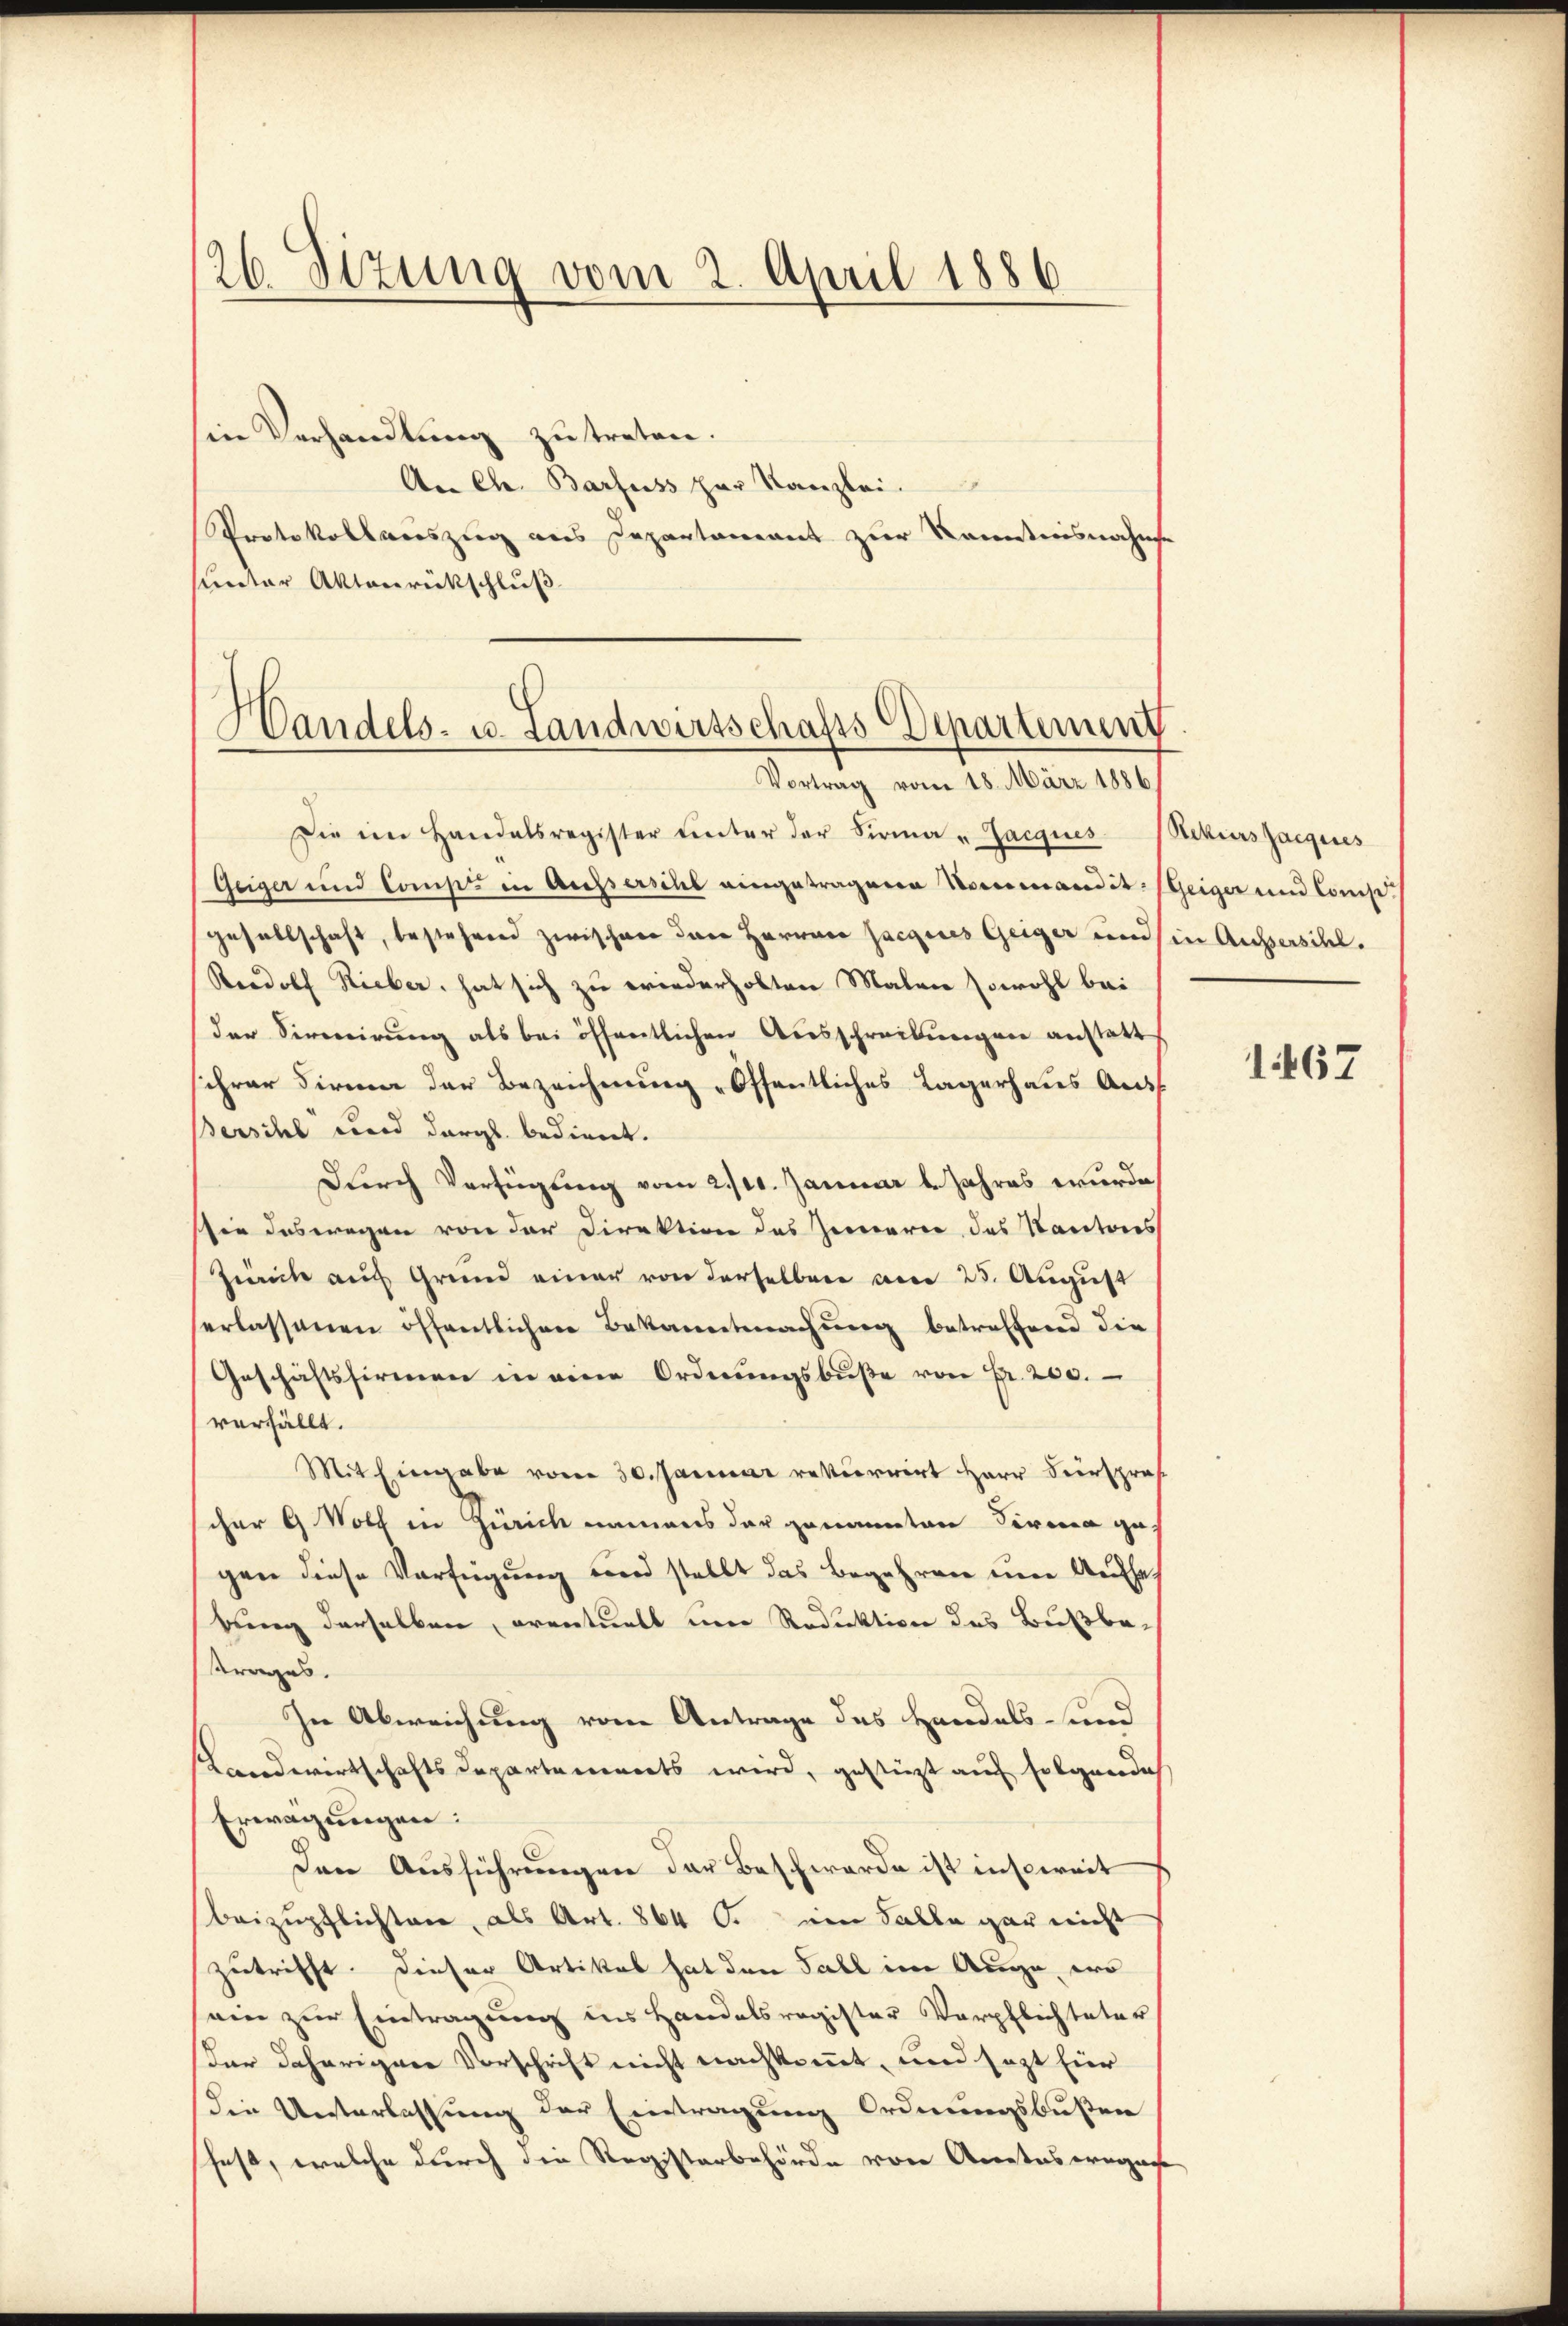
26 Sizung vom 2. April 1886

sein Verhandlung zu treten.
An Ch. Barfuss zur Kanzlei.
Protokollauszug aus Departement zur Kenntnisnahme
sunter Aktenrückschluß

Handels- u. Landwirtschafts-Departement
Vortrag vom 18. März 1886

Die im Handelsregister ŭnter der Firma " Jacques Rekurssacques
Geiger und Comp. in Aussersihl eingetragene Normandit: Geiger und Consi¬
Gesellschaft, bestehend zwischen den Herren Jacques Geiger und in Aussersihl.
Radolf Rieber, hat sich zu wiederholten Malen sowohl bei
der Servirung als bei öffentlichen Ausschreibungen anstatt
schrer Firma der Bezeichnung „Öffentliches Lagerhaus Aus
Bersihl und dergl. bedient.
Durch Verfügung vom 2111. Januar l. Jahres wurde
sie deswegen von der Direktion des Zimerer das Kantons
Zeich auf Grund einer von derselben am 25. August
erlassenen öffentlichen Bekanntmachŭng betreffend die
Geschäftsfirmen in eine Ordnŭngsbuße von Fr. 200.
verfällt.
Mit Eingabe vom 30. Januar rekurrirt Herr Verspros.
scher 9 Wolf in Zürich namens der genannten Firma gegen diese Verfügung und stellt das Begehren eine Aufseh
bung derselben, eventuell um Reduktion des Bußbetrages.
In Abweichung vom Antrage des Handels- und
Landwirtschaftsdepartements wird, gestützt auf folgende
Erwägungen:
Den Aŭsführŭngen der Beschwerde ist insoweit
beizupflichten, als Art. 864 C. ein Falle gar nicht
zutrifft. Dieser Artikal hat den Fall im Auge, wo
ein zur Eintragung ins Handelsregister Verpflichteter
Der daherigen Vorschrift nicht nachkommt, und sezt für
die Unterlassung der Eintragung Ordnungsbußen
shaft, welche durch die Registerbehörde von Amteseegne

1467